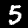
Digit: 5